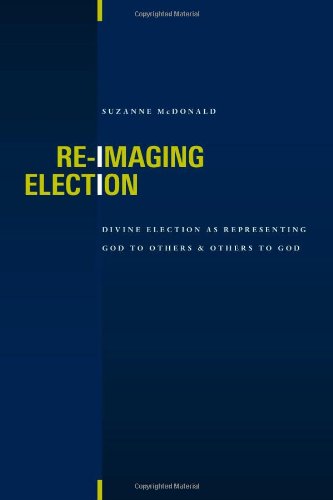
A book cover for Re-Imaging Election: Divine Election as Representing God to Others & Others to God; Suzanne McDonald; Christian Books & Bibles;